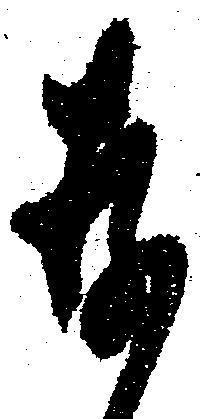
存